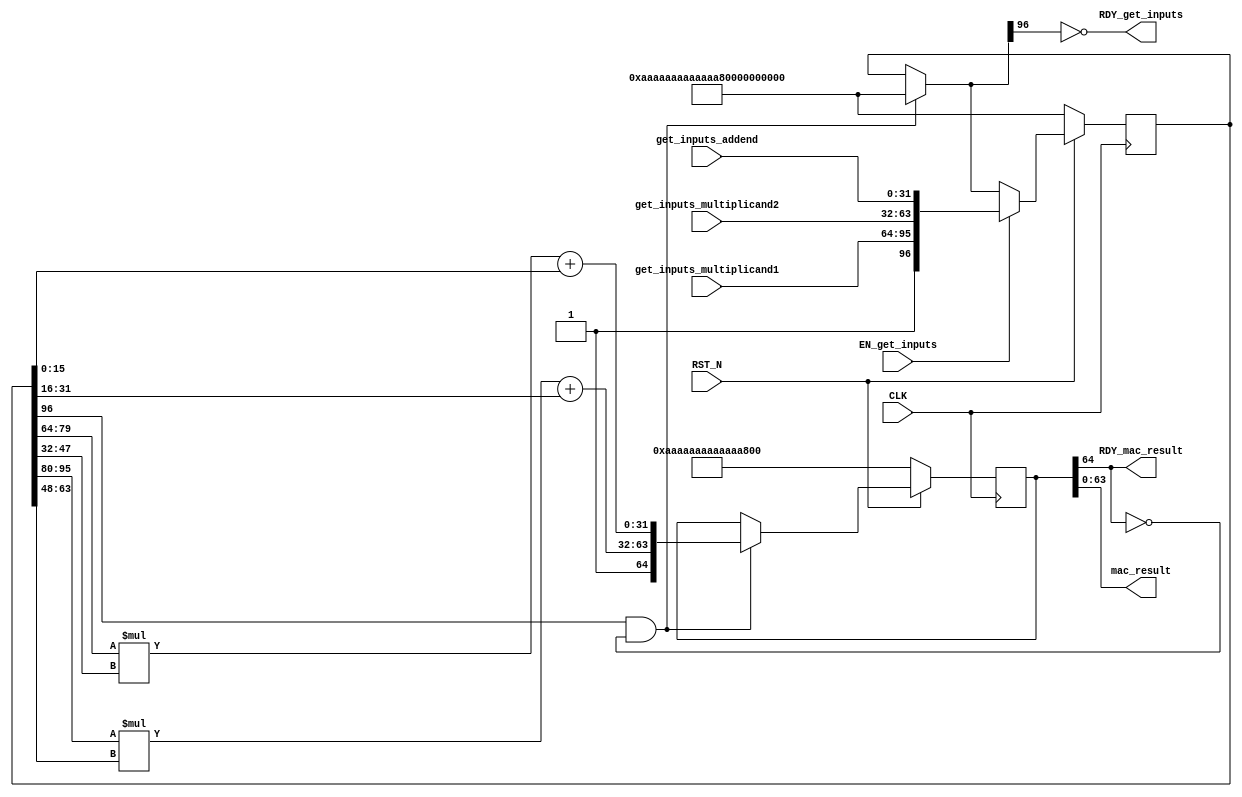
//
// Generated by Bluespec Compiler, version 2021.12.1 (build fd501401)
//
// On Fri May  5 17:06:08 IST 2023
//
//
// Ports:
// Name                         I/O  size props
// RDY_get_inputs                 O     1
// mac_result                     O    64
// RDY_mac_result                 O     1
// CLK                            I     1 clock
// RST_N                          I     1 reset
// get_inputs_multiplicand1       I    32
// get_inputs_multiplicand2       I    32
// get_inputs_addend              I    32
// EN_get_inputs                  I     1
//
// No combinational paths from inputs to outputs
//
//

`ifdef BSV_ASSIGNMENT_DELAY
`else
  `define BSV_ASSIGNMENT_DELAY
`endif

`ifdef BSV_POSITIVE_RESET
  `define BSV_RESET_VALUE 1'b1
  `define BSV_RESET_EDGE posedge
`else
  `define BSV_RESET_VALUE 1'b0
  `define BSV_RESET_EDGE negedge
`endif

module mkMAC16(CLK,
	       RST_N,

	       get_inputs_multiplicand1,
	       get_inputs_multiplicand2,
	       get_inputs_addend,
	       EN_get_inputs,
	       RDY_get_inputs,

	       mac_result,
	       RDY_mac_result);
  input  CLK;
  input  RST_N;

  // action method get_inputs
  input  [31 : 0] get_inputs_multiplicand1;
  input  [31 : 0] get_inputs_multiplicand2;
  input  [31 : 0] get_inputs_addend;
  input  EN_get_inputs;
  output RDY_get_inputs;

  // value method mac_result
  output [63 : 0] mac_result;
  output RDY_mac_result;

  // signals for module outputs
  wire [63 : 0] mac_result;
  wire RDY_get_inputs, RDY_mac_result;

  // inlined wires
  wire [96 : 0] mac_inputs_rv$port1__read,
		mac_inputs_rv$port1__write_1,
		mac_inputs_rv$port2__read;
  wire [64 : 0] mac_output_rv$port1__write_1, mac_output_rv$port2__read;

  // register mac_inputs_rv
  reg [96 : 0] mac_inputs_rv;
  wire [96 : 0] mac_inputs_rv$D_IN;
  wire mac_inputs_rv$EN;

  // register mac_output_rv
  reg [64 : 0] mac_output_rv;
  wire [64 : 0] mac_output_rv$D_IN;
  wire mac_output_rv$EN;

  // register partial_product_rv
  reg [160 : 0] partial_product_rv;
  wire [160 : 0] partial_product_rv$D_IN;
  wire partial_product_rv$EN;

  // rule scheduling signals
  wire CAN_FIRE_RL_rl_generate_macs,
       CAN_FIRE_get_inputs,
       WILL_FIRE_RL_rl_generate_macs,
       WILL_FIRE_get_inputs;

  // remaining internal signals
  wire [63 : 0] _0_CONCAT_mac_inputs_rv_port0__read_BITS_79_TO__ETC___d20,
		_0_CONCAT_mac_inputs_rv_port0__read_BITS_95_TO__ETC___d11;
  wire [31 : 0] mac0__h922,
		mac3__h742,
		x__h765,
		x__h947,
		y__h764,
		y__h766,
		y__h946,
		y__h948;

  // action method get_inputs
  assign RDY_get_inputs = !mac_inputs_rv$port1__read[96] ;
  assign CAN_FIRE_get_inputs = !mac_inputs_rv$port1__read[96] ;
  assign WILL_FIRE_get_inputs = EN_get_inputs ;

  // value method mac_result
  assign mac_result = mac_output_rv[63:0] ;
  assign RDY_mac_result = mac_output_rv[64] ;

  // rule RL_rl_generate_macs
  assign CAN_FIRE_RL_rl_generate_macs =
	     mac_inputs_rv[96] && !mac_output_rv[64] ;
  assign WILL_FIRE_RL_rl_generate_macs = CAN_FIRE_RL_rl_generate_macs ;

  // inlined wires
  assign mac_inputs_rv$port1__read =
	     CAN_FIRE_RL_rl_generate_macs ?
	       97'h0AAAAAAAAAAAAAAAAAAAAAAAA :
	       mac_inputs_rv ;
  assign mac_inputs_rv$port1__write_1 =
	     { 1'd1,
	       get_inputs_multiplicand1,
	       get_inputs_multiplicand2,
	       get_inputs_addend } ;
  assign mac_inputs_rv$port2__read =
	     EN_get_inputs ?
	       mac_inputs_rv$port1__write_1 :
	       mac_inputs_rv$port1__read ;
  assign mac_output_rv$port1__write_1 = { 1'd1, mac3__h742, mac0__h922 } ;
  assign mac_output_rv$port2__read =
	     CAN_FIRE_RL_rl_generate_macs ?
	       mac_output_rv$port1__write_1 :
	       mac_output_rv ;

  // register mac_inputs_rv
  assign mac_inputs_rv$D_IN = mac_inputs_rv$port2__read ;
  assign mac_inputs_rv$EN = 1'b1 ;

  // register mac_output_rv
  assign mac_output_rv$D_IN = mac_output_rv$port2__read ;
  assign mac_output_rv$EN = 1'b1 ;

  // register partial_product_rv
  assign partial_product_rv$D_IN = partial_product_rv ;
  assign partial_product_rv$EN = 1'b1 ;

  // remaining internal signals
  assign _0_CONCAT_mac_inputs_rv_port0__read_BITS_79_TO__ETC___d20 =
	     x__h947 * y__h948 ;
  assign _0_CONCAT_mac_inputs_rv_port0__read_BITS_95_TO__ETC___d11 =
	     x__h765 * y__h766 ;
  assign mac0__h922 =
	     _0_CONCAT_mac_inputs_rv_port0__read_BITS_79_TO__ETC___d20[31:0] +
	     y__h946 ;
  assign mac3__h742 =
	     _0_CONCAT_mac_inputs_rv_port0__read_BITS_95_TO__ETC___d11[31:0] +
	     y__h764 ;
  assign x__h765 = { 16'd0, mac_inputs_rv[95:80] } ;
  assign x__h947 = { 16'd0, mac_inputs_rv[79:64] } ;
  assign y__h764 = { 16'd0, mac_inputs_rv[31:16] } ;
  assign y__h766 = { 16'd0, mac_inputs_rv[63:48] } ;
  assign y__h946 = { 16'd0, mac_inputs_rv[15:0] } ;
  assign y__h948 = { 16'd0, mac_inputs_rv[47:32] } ;

  // handling of inlined registers

  always@(posedge CLK)
  begin
    if (RST_N == `BSV_RESET_VALUE)
      begin
        mac_inputs_rv <= `BSV_ASSIGNMENT_DELAY 97'h0AAAAAAAAAAAAAAAAAAAAAAAA;
	mac_output_rv <= `BSV_ASSIGNMENT_DELAY 65'h0AAAAAAAAAAAAAAAA;
	partial_product_rv <= `BSV_ASSIGNMENT_DELAY
	    161'h0AAAAAAAAAAAAAAAAAAAAAAAAAAAAAAAAAAAAAAAA;
      end
    else
      begin
        if (mac_inputs_rv$EN)
	  mac_inputs_rv <= `BSV_ASSIGNMENT_DELAY mac_inputs_rv$D_IN;
	if (mac_output_rv$EN)
	  mac_output_rv <= `BSV_ASSIGNMENT_DELAY mac_output_rv$D_IN;
	if (partial_product_rv$EN)
	  partial_product_rv <= `BSV_ASSIGNMENT_DELAY partial_product_rv$D_IN;
      end
  end

  // synopsys translate_off
  `ifdef BSV_NO_INITIAL_BLOCKS
  `else // not BSV_NO_INITIAL_BLOCKS
  initial
  begin
    mac_inputs_rv = 97'h0AAAAAAAAAAAAAAAAAAAAAAAA;
    mac_output_rv = 65'h0AAAAAAAAAAAAAAAA;
    partial_product_rv = 161'h0AAAAAAAAAAAAAAAAAAAAAAAAAAAAAAAAAAAAAAAA;
  end
  `endif // BSV_NO_INITIAL_BLOCKS
  // synopsys translate_on
endmodule  // mkMAC16